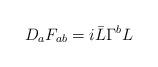
LaTeX: \begin{align*}D_aF_{ab} = i\bar{L}\Gamma^bL\end{align*}